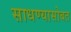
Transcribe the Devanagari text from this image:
साधण्यासोबत